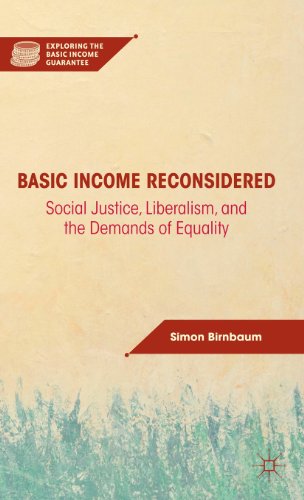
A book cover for Basic Income Reconsidered: Social Justice, Liberalism, and the Demands of Equality (Exploring the Basic Income Guarantee); Simon Birnbaum; Business & Money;